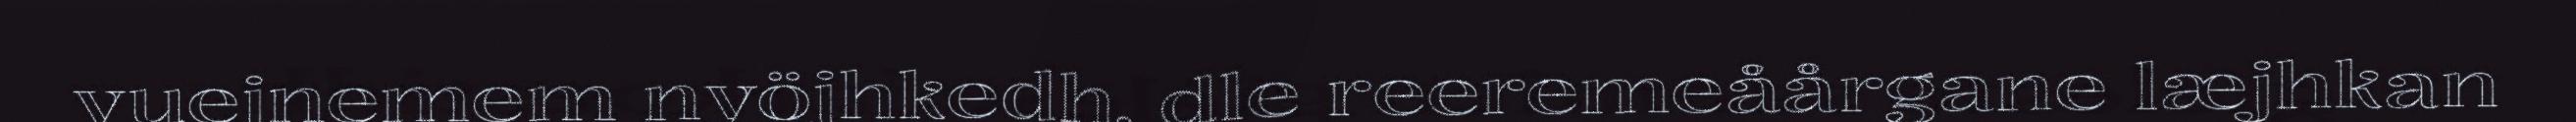
vuejnemem nyöjhkedh, dle reeremeåårgane læjhkan